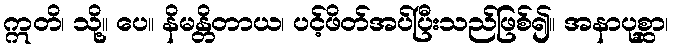
ဣတိ၊ သို့။ ပေ။ နိမန္တိတာယ၊ ပင့်ဖိတ်အပ်ပြီးသည်ဖြစ်၍။ အနာပုစ္ဆာ၊